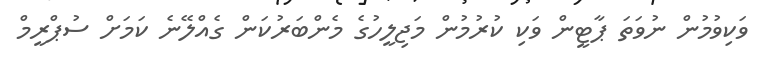
ވަކިވުމުން ނުވަތަ ޕާޓީން ވަކި ކުރުމުން މަޖިލީހުގެ މެންބަރުކަން ގެއްލޭނެ ކަމަށް ސުޕްރީމް